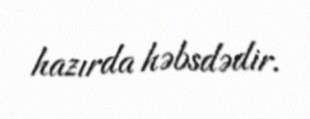
hazırda həbsdədir.